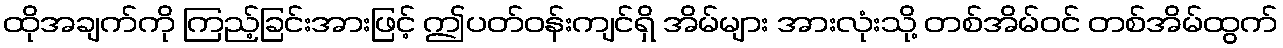
ထိုအချက်ကို ကြည့်ခြင်းအားဖြင့် ဤပတ်ဝန်းကျင်ရှိ အိမ်များ အားလုံးသို့ တစ်အိမ်ဝင် တစ်အိမ်ထွက်